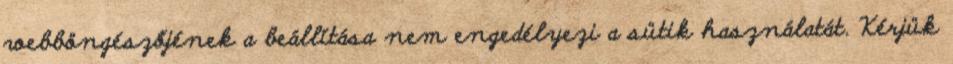
webböngészőjének a beállítása nem engedélyezi a sütik használatát. Kérjük